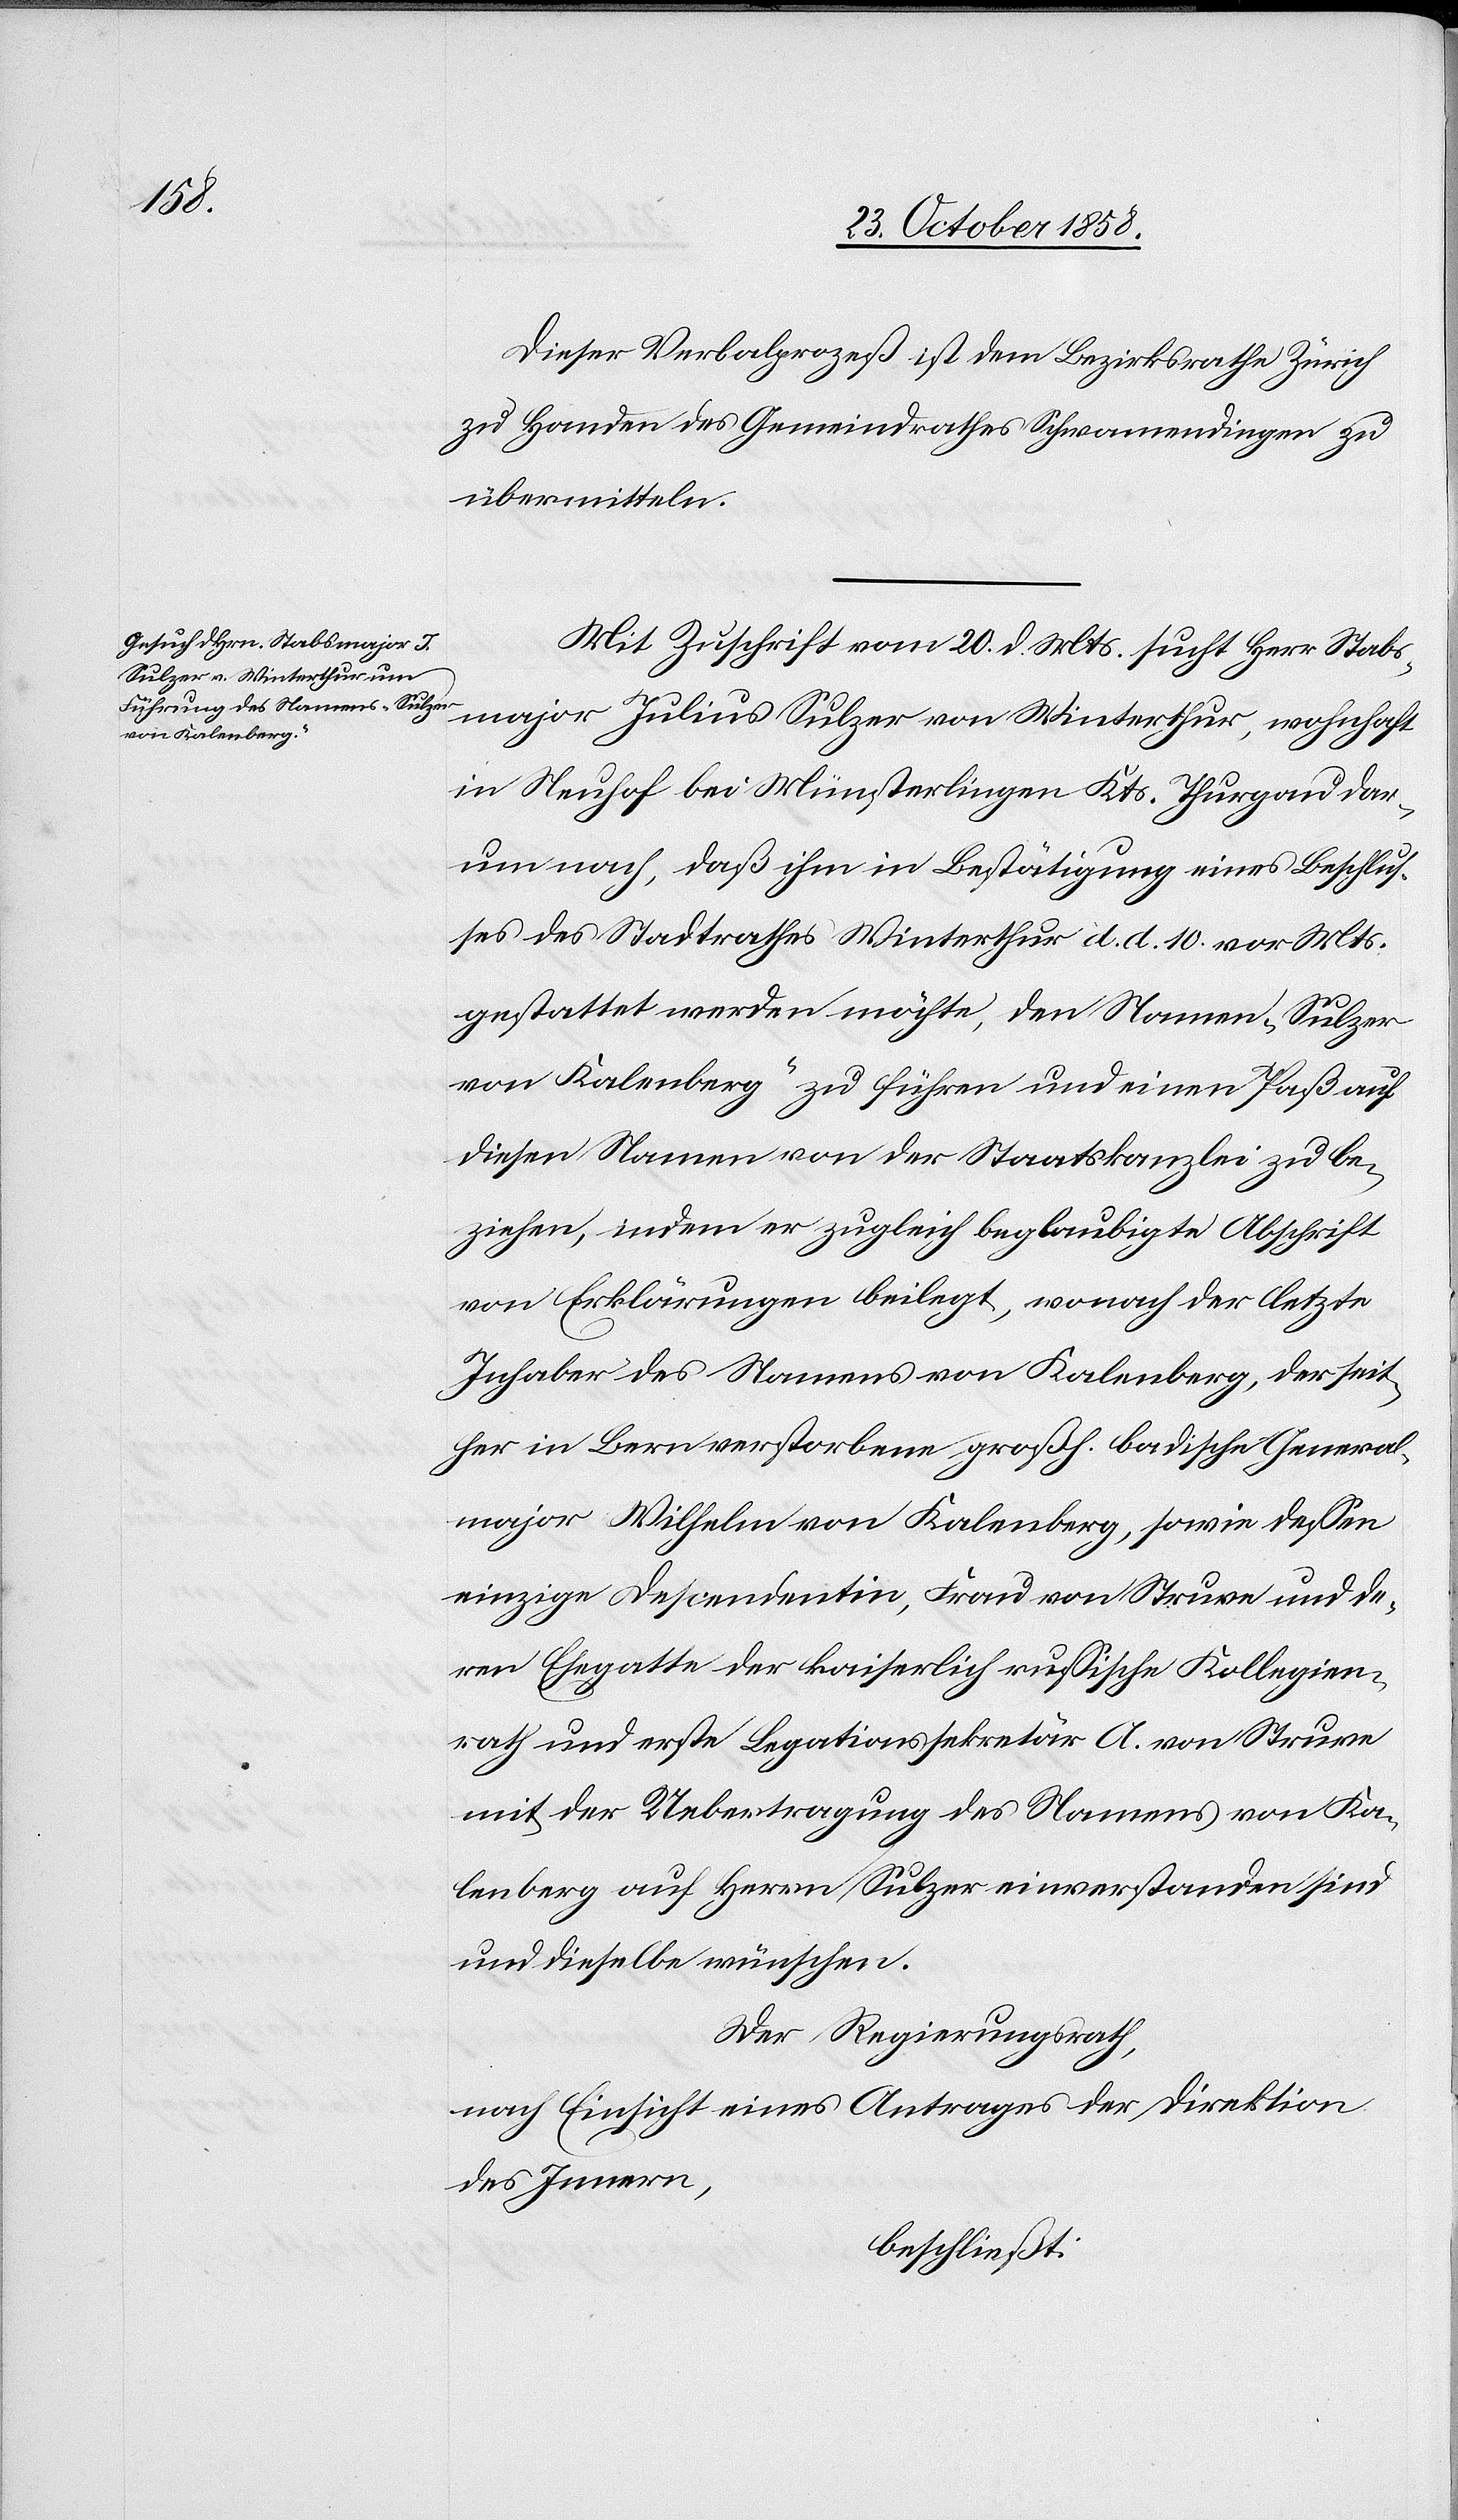
Dieser Verbalprozeß ist dem Bezirksrathe Zürich
zu Handen des Gemeindrathes Schwamendingen zu
übermitteln.
Mit Zuschrift vom 20. d. Mts. sucht Herr Stabs¬
major Julius Sulzer von Winterthur, wohnhaft
in Neuhof bei Münsterlingen Kts. Thurgau dar¬
um nach, daß ihm in Bestätigung eines Beschlus¬
ses des Stadtrathes Winterthur d. d. 10. vor. Mts.
gestattet werden möchte, den Namen „Sulzer
von Kalenberg“ zu führen und einen Paß auf
diesen Namen von der Staatskanzlei zu be¬
ziehen, indem er zugleich beglaubigte Abschrift
von Erklärungen beilegt, wonach der letzte
Inhaber des Namens von Kalenberg, der seit¬
her in Bern verstorbene großh. badische General¬
major Wilhelm von Kalenberg, sowie dessen
einzige Descendentin, Frau von Struve und de¬
ren Ehegatte der kaiserlich russische Kollegien¬
rath und erste Legationssekretär A. von Struve
mit der Uebertragung des Namens von Ka¬
lenberg auf Herrn Sulzer einverstanden sind
und dieselbe wünschen.
Der Regierungsrath,
nach Einsicht eines Antrages der Direktion
des Innern,
beschließt: